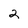
Character: 2